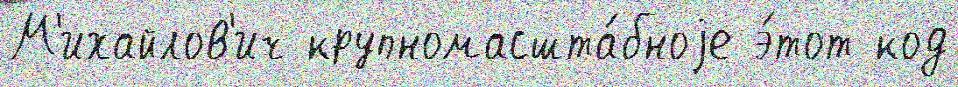
М'ихайлов'ич крупномасшта́бноjе э́тот код